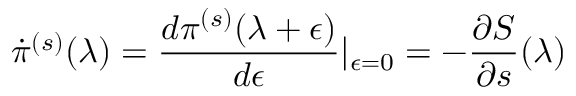
\dot { \pi } ^ { ( s ) } ( \lambda ) = \frac { d \pi ^ { ( s ) } ( \lambda + \epsilon ) } { d \epsilon } \vert _ { \epsilon = 0 } = - \frac { \partial S } { \partial s } ( \lambda )